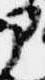
部